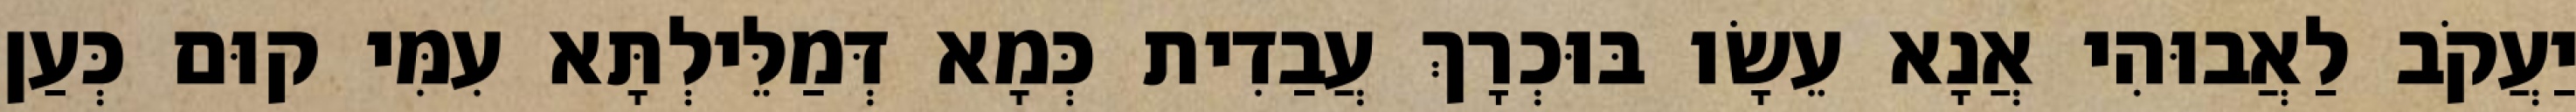
יַעֲקֹב לַאֲבוּהִי אֲנָא עֵשָׂו בּוּכְרָךְ עֲבַדִית כְּמָא דְּמַלֵּילְתָּא עִמִּי קוּם כְּעַן